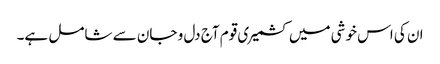
ان کی اس خوشی میں کشمیری قوم آج دل و جان سے شامل ہے۔